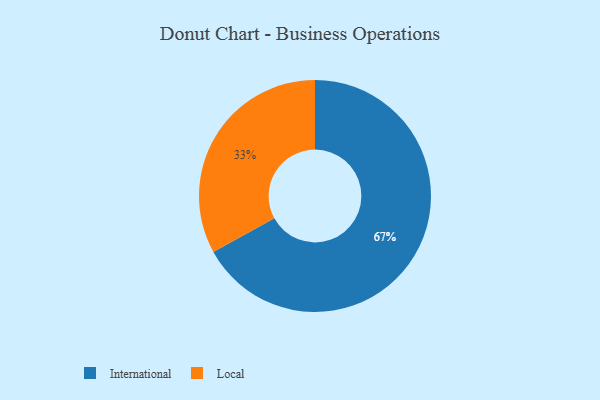
{"axis": {"x": "Category", "y": "Percentage"}, "legend": ["International", "Local"], "data": [{"x": "Local", "y": 33, "type": "Local"}, {"x": "International", "y": 67, "type": "International"}]}